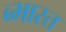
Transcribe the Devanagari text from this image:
ब्भारत